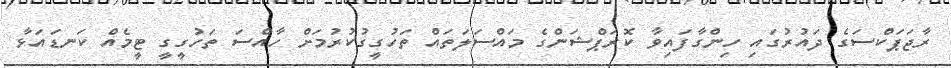
ރާޖަޕަކްސަގެ ދައުރުގައި ހިންގާފައިވާ ކޮރަޕްޝަންގެ މައްސަލަތައް ތަހުގީގުކުރުމަށް ހާއްސަ ތަހުގީގީ ޓީމެއް ކަނޑައަޅާ